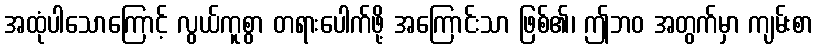
အထုံပါသောကြောင့် လွယ်ကူစွာ တရားပေါက်ဖို့ အကြောင်းသာ ဖြစ်၏၊ ဤဘဝ အတွက်မှာ ကျမ်းစာ